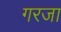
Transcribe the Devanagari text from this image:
गरजा